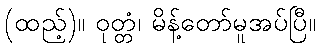
(ထည့်)။ ဝုတ္တံ၊ မိန့်တော်မူအပ်ပြီ။